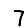
Digit: 7